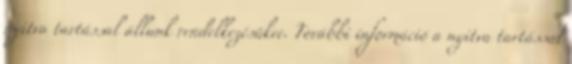
nyitva tartással állunk rendelkezésükre. További információ a nyitva tartással